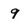
Character: 9